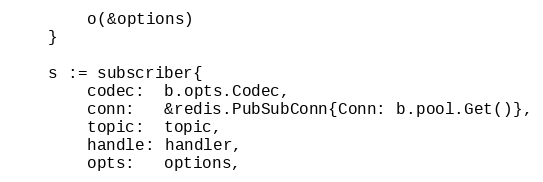
Language: Go
		o(&options)
	}

	s := subscriber{
		codec:  b.opts.Codec,
		conn:   &redis.PubSubConn{Conn: b.pool.Get()},
		topic:  topic,
		handle: handler,
		opts:   options,